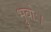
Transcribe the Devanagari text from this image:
भ्रुवोः।